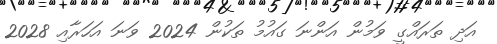
އަދި ތަރައްގީ ވަމުން އަންނަ ގައުމު ތަކުން 2024 ވަނަ އަހަރާއި 2028